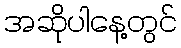
အဆိုပါနေ့တွင်